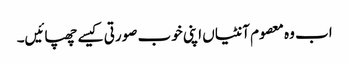
اب وہ معصوم آنٹیاں اپنی خوب صورتی کیسے چھپائیں۔